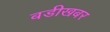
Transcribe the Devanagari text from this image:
बडीखबर